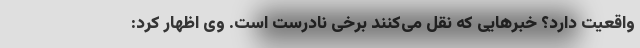
واقعیت دارد؟ خبرهایی که نقل می‌کنند برخی نادرست است. وی اظهار کرد: